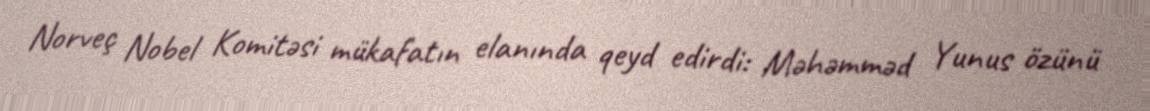
Norveç Nobel Komitəsi mükafatın elanında qeyd edirdi: Məhəmməd Yunus özünü